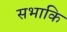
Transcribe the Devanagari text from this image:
सभाकि